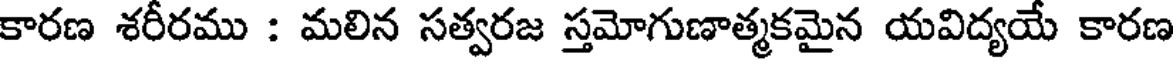
కారణ శరీరము : మలిన సత్వరజ స్తమోగుణాత్మకమైన యవిద్యయే కారణ